Plague in India, 1896, 1897 - Volume 1
Year: 1896
Disease focus: Plague
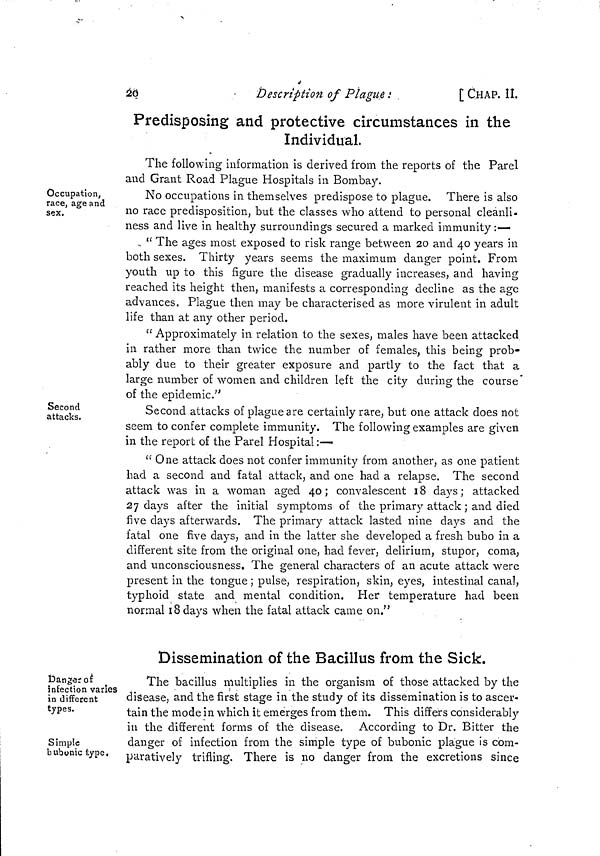
20
Description of Plague:
[ CHAP. II.
Predisposing and protective circumstances in the
Individual.
Occupation,
race, age and
sex.
The following information is derived from the reports of the Parel
and Grant Road Plague Hospitals in Bombay.
No occupations in themselves predispose to plague. There is also
no race predisposition, but the classes who attend to personal cleanli-
ness and live in healthy surroundings secured a marked immunity :—
" The ages most exposed to risk range between 20 and 40 years in
both sexes. Thirty years seems the maximum danger point. From
youth up to this figure the disease gradually increases, and having
reached its height then, manifests a corresponding decline as the age
advances. Plague then may be characterised as more virulent in adult
life than at any other period.
" Approximately in relation to the sexes, males have been attacked
in rather more than twice the number of females, this being prob-
ably due to their greater exposure and partly to the fact that a
large number of women and children left the city during the course"
of the epidemic."
Second
attacks.
Second attacks of plague are certainly rare, but one attack does not
seem to confer complete immunity. The following examples are given
in the report of the Parel Hospital :—
" One attack does not confer immunity from another, as one patient
had a second and fatal attack, and one had a relapse. The second
attack was in a woman aged 40; convalescent 18 days; attacked
27 days after the initial symptoms of the primary attack ; and died
five days afterwards. The primary attack lasted nine days and the
fatal one five days, and in the latter she developed a fresh bubo in a
different site from the original one, had fever, delirium, stupor, coma,
and unconsciousness. The general characters of an acute attack were
present in the tongue ; pulse, respiration, skin, eyes, intestinal canal,
typhoid state and mental condition. Her temperature had been
normal 18 days when the fatal attack came on."
Dissemination of the Bacillus from the Sick.
Danger of
infection varies
in different
types.
Simple
bubonic type.
The bacillus multiplies in the organism of those attacked by the
disease, and the first stage in the study of its dissemination is to ascer-
tain the mode in which it emerges from them. This differs considerably
in the different forms of the disease. According to Dr. Bitter the
danger of infection from the simple type of bubonic plague is com-
paratively trifling. There is no danger from the excretions since